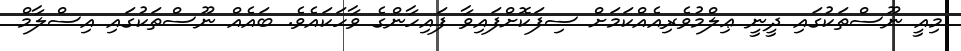
މިއީ ނޫސްތަކުގައި ދީނީ ޢިލްމުވެރިއެއްކަމަށް ސިފަކޮށްފައިވާ ފައިހާންގެ ވާހަކައެވެ. ބައެއް ނޫސްތަކުގައި އިސްލާމް